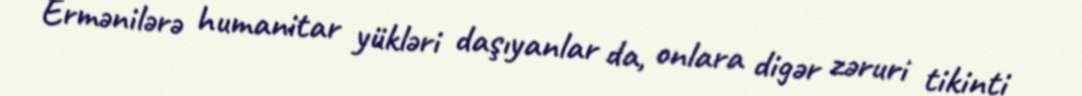
Ermənilərə humanitar yükləri daşıyanlar da, onlara digər zəruri tikinti